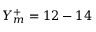
Y _ { m } ^ { + } = 1 2 - 1 4